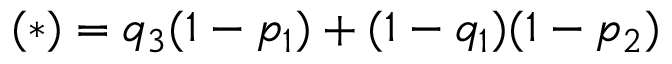
( \ast ) = q _ { 3 } ( 1 - p _ { 1 } ) + ( 1 - q _ { 1 } ) ( 1 - p _ { 2 } )